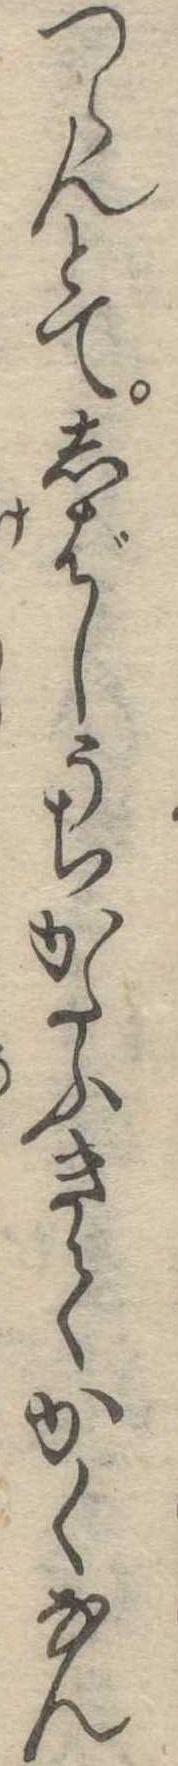
つらんとてしばしうちかたふきてかくなん